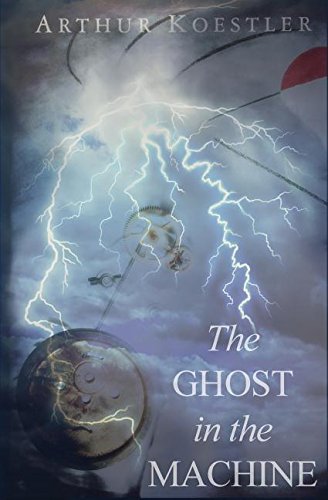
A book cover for The Ghost in the Machine; Arthur Koestler; Religion & Spirituality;